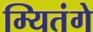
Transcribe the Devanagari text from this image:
म्यितंगे